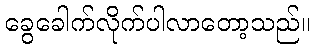
ခွေခေါက်လိုက်ပါလာတော့သည်။